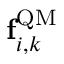
{ \bf f } _ { i , k } ^ { \mathrm { Q M } }